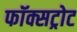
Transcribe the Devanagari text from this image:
फॉक्सट्रोट